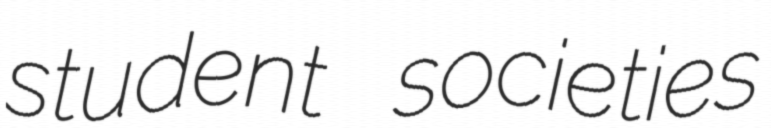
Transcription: student societies